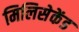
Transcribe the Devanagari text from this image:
मिलिसेकेंड